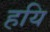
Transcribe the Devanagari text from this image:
हयि